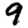
Digit: 9